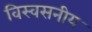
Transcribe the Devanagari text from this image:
विस्वसनीय